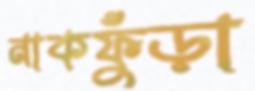
নাকফুঁড়া